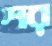
শর